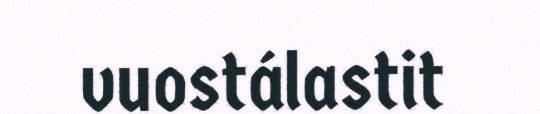
vuostálastit